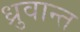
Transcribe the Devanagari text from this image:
ध्रुवान्त